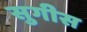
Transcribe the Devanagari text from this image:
सुगीस